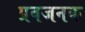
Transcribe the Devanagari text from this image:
प्रवजनक